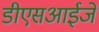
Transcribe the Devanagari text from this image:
डीएसआईजे